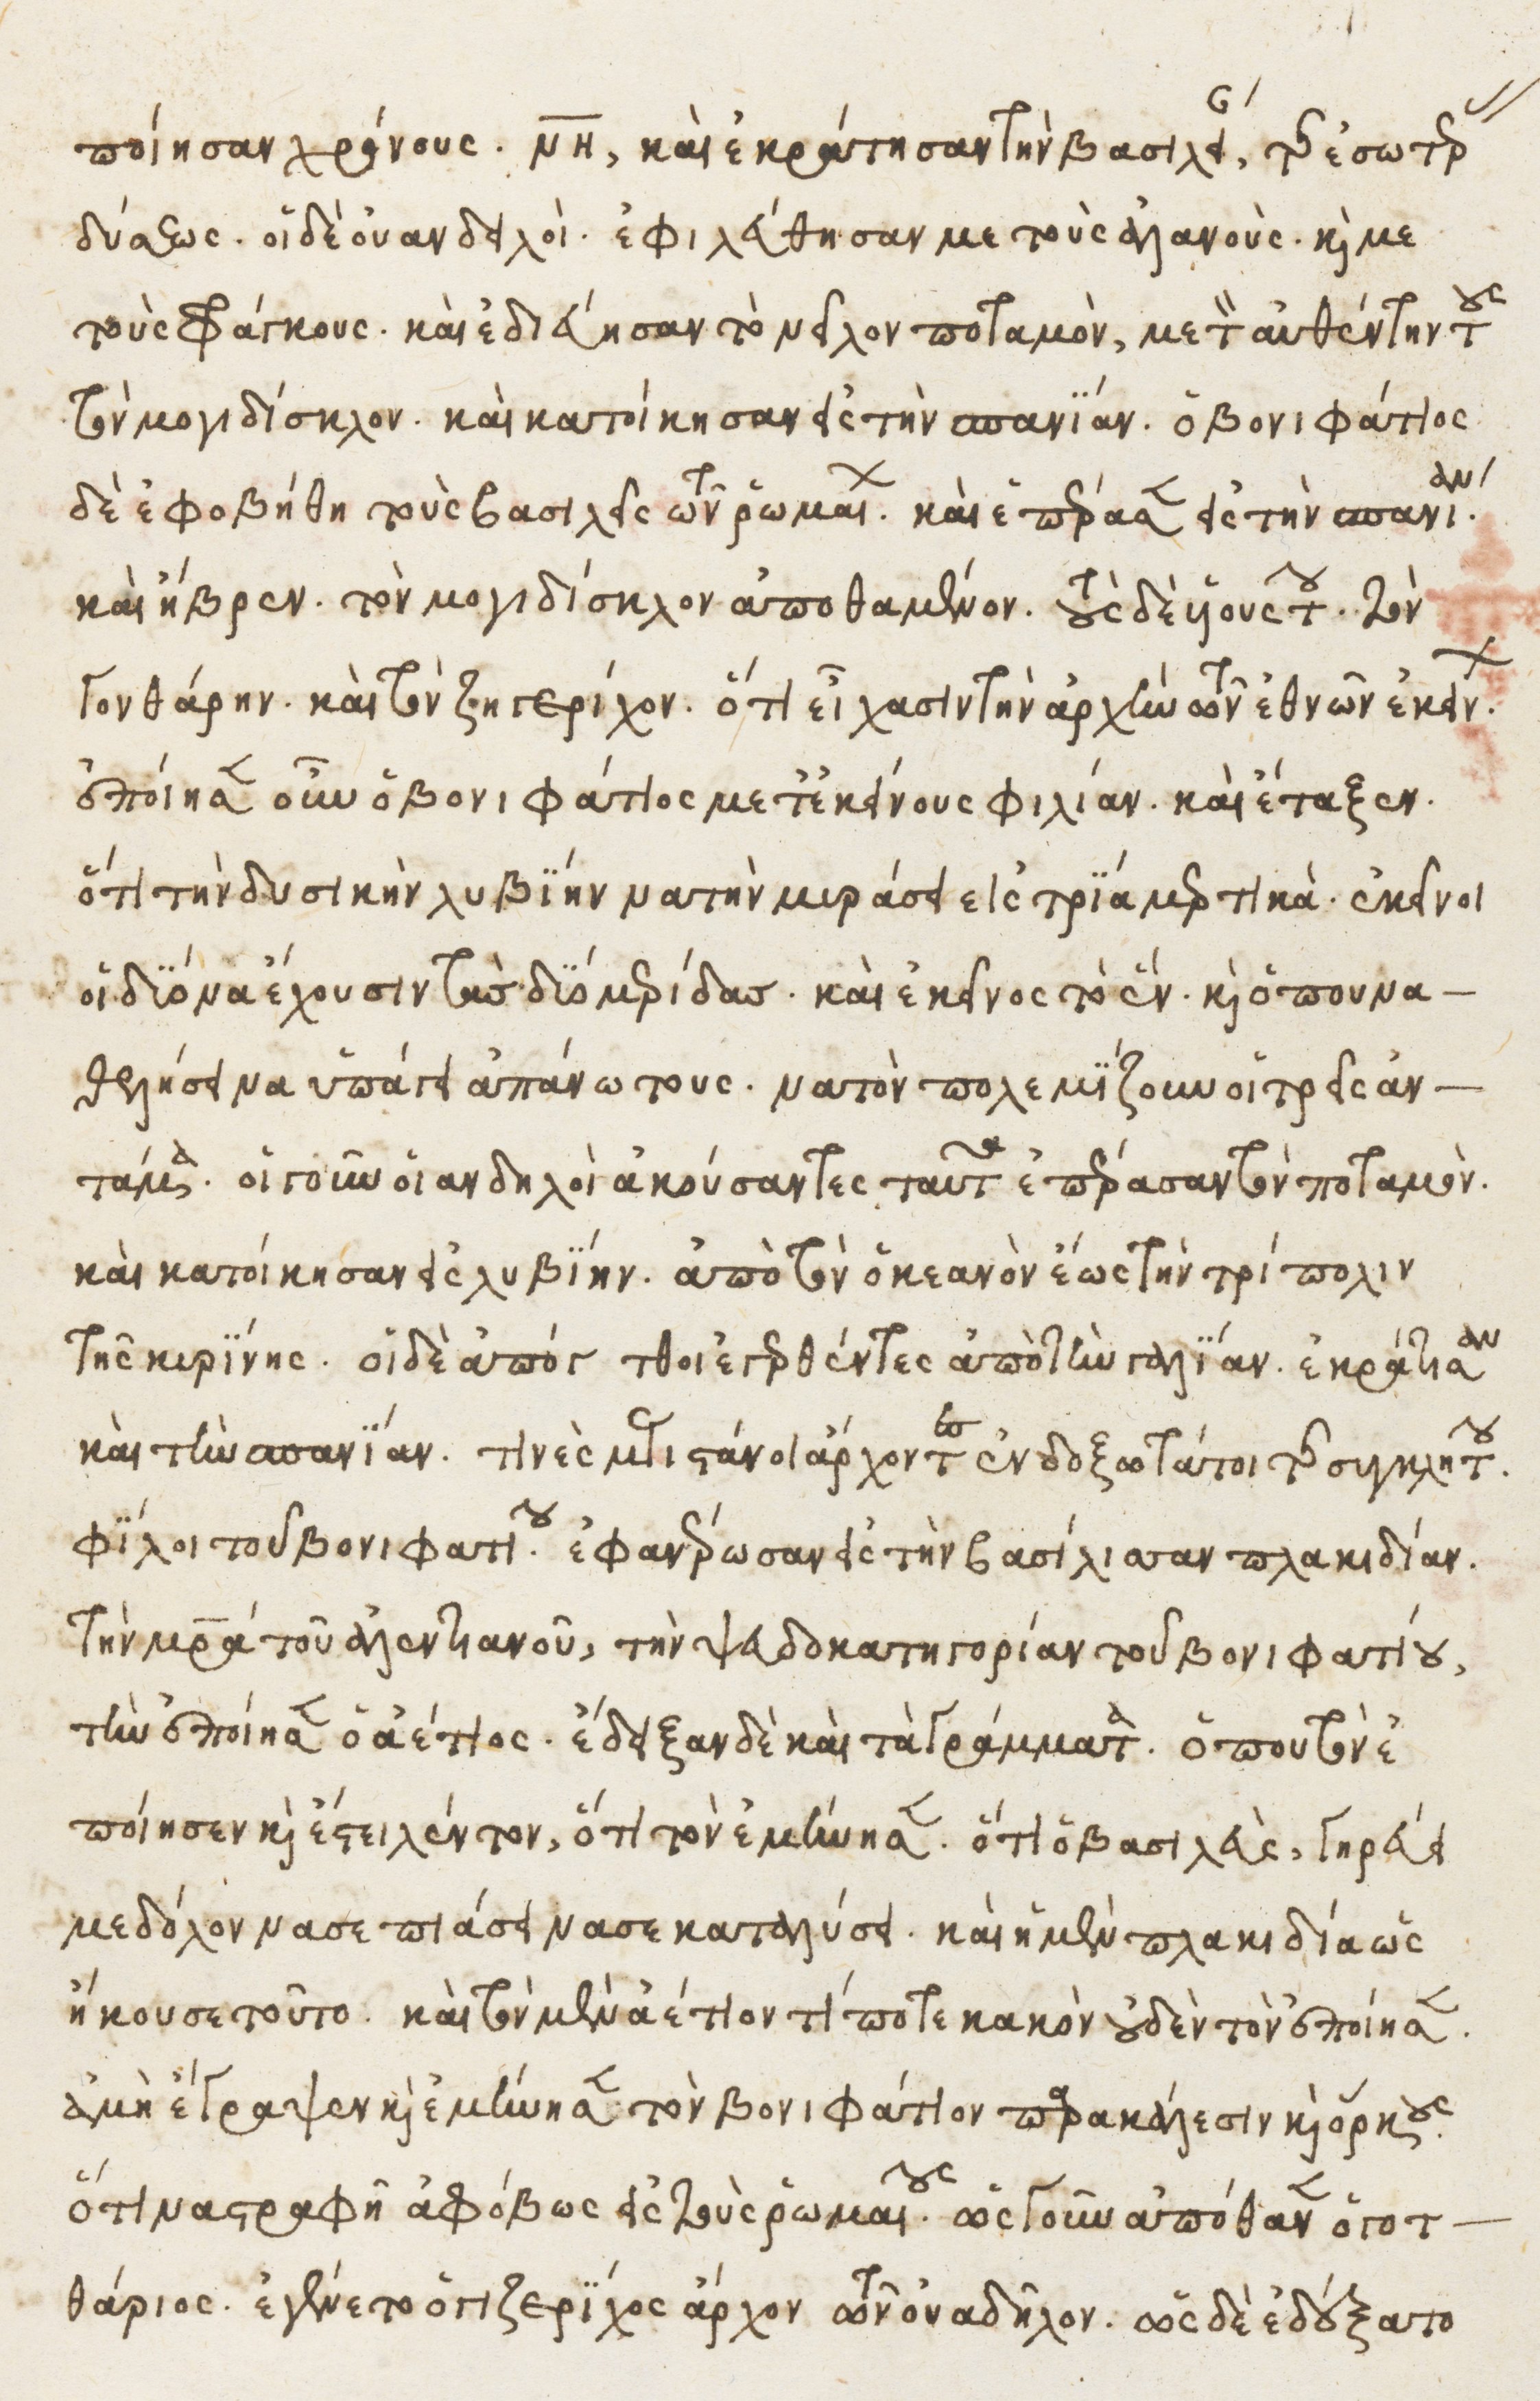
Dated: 1525–1549